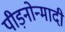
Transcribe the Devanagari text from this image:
पीड़नोन्मादी